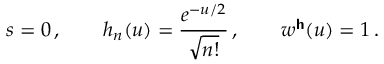
s = 0 \, , \qquad h _ { n } ( u ) = \frac { e ^ { - u / 2 } } { \sqrt { n ! } } \, , \qquad w ^ { \boldsymbol { \mathsf { h } } } ( u ) = 1 \, .